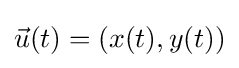
{\vec {u}}(t)=(x(t),y(t))